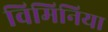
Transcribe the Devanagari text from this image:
विमिनिया